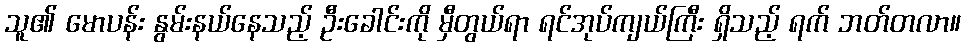
သူ၏ မောပန်း နွမ်းနယ်နေသည့် ဦးခေါင်းကို မှီတွယ်ရာ ရင်အုပ်ကျယ်ကြီး ရှိသည့် ရက် ဘတ်တလာ။